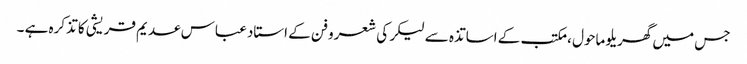
جس میں گھریلو ماحول ، مکتب کے اساتذہ سے لیکر کی شعرو فن کے استاد عباس عدیم قریشی کا تذکرہ ہے ۔